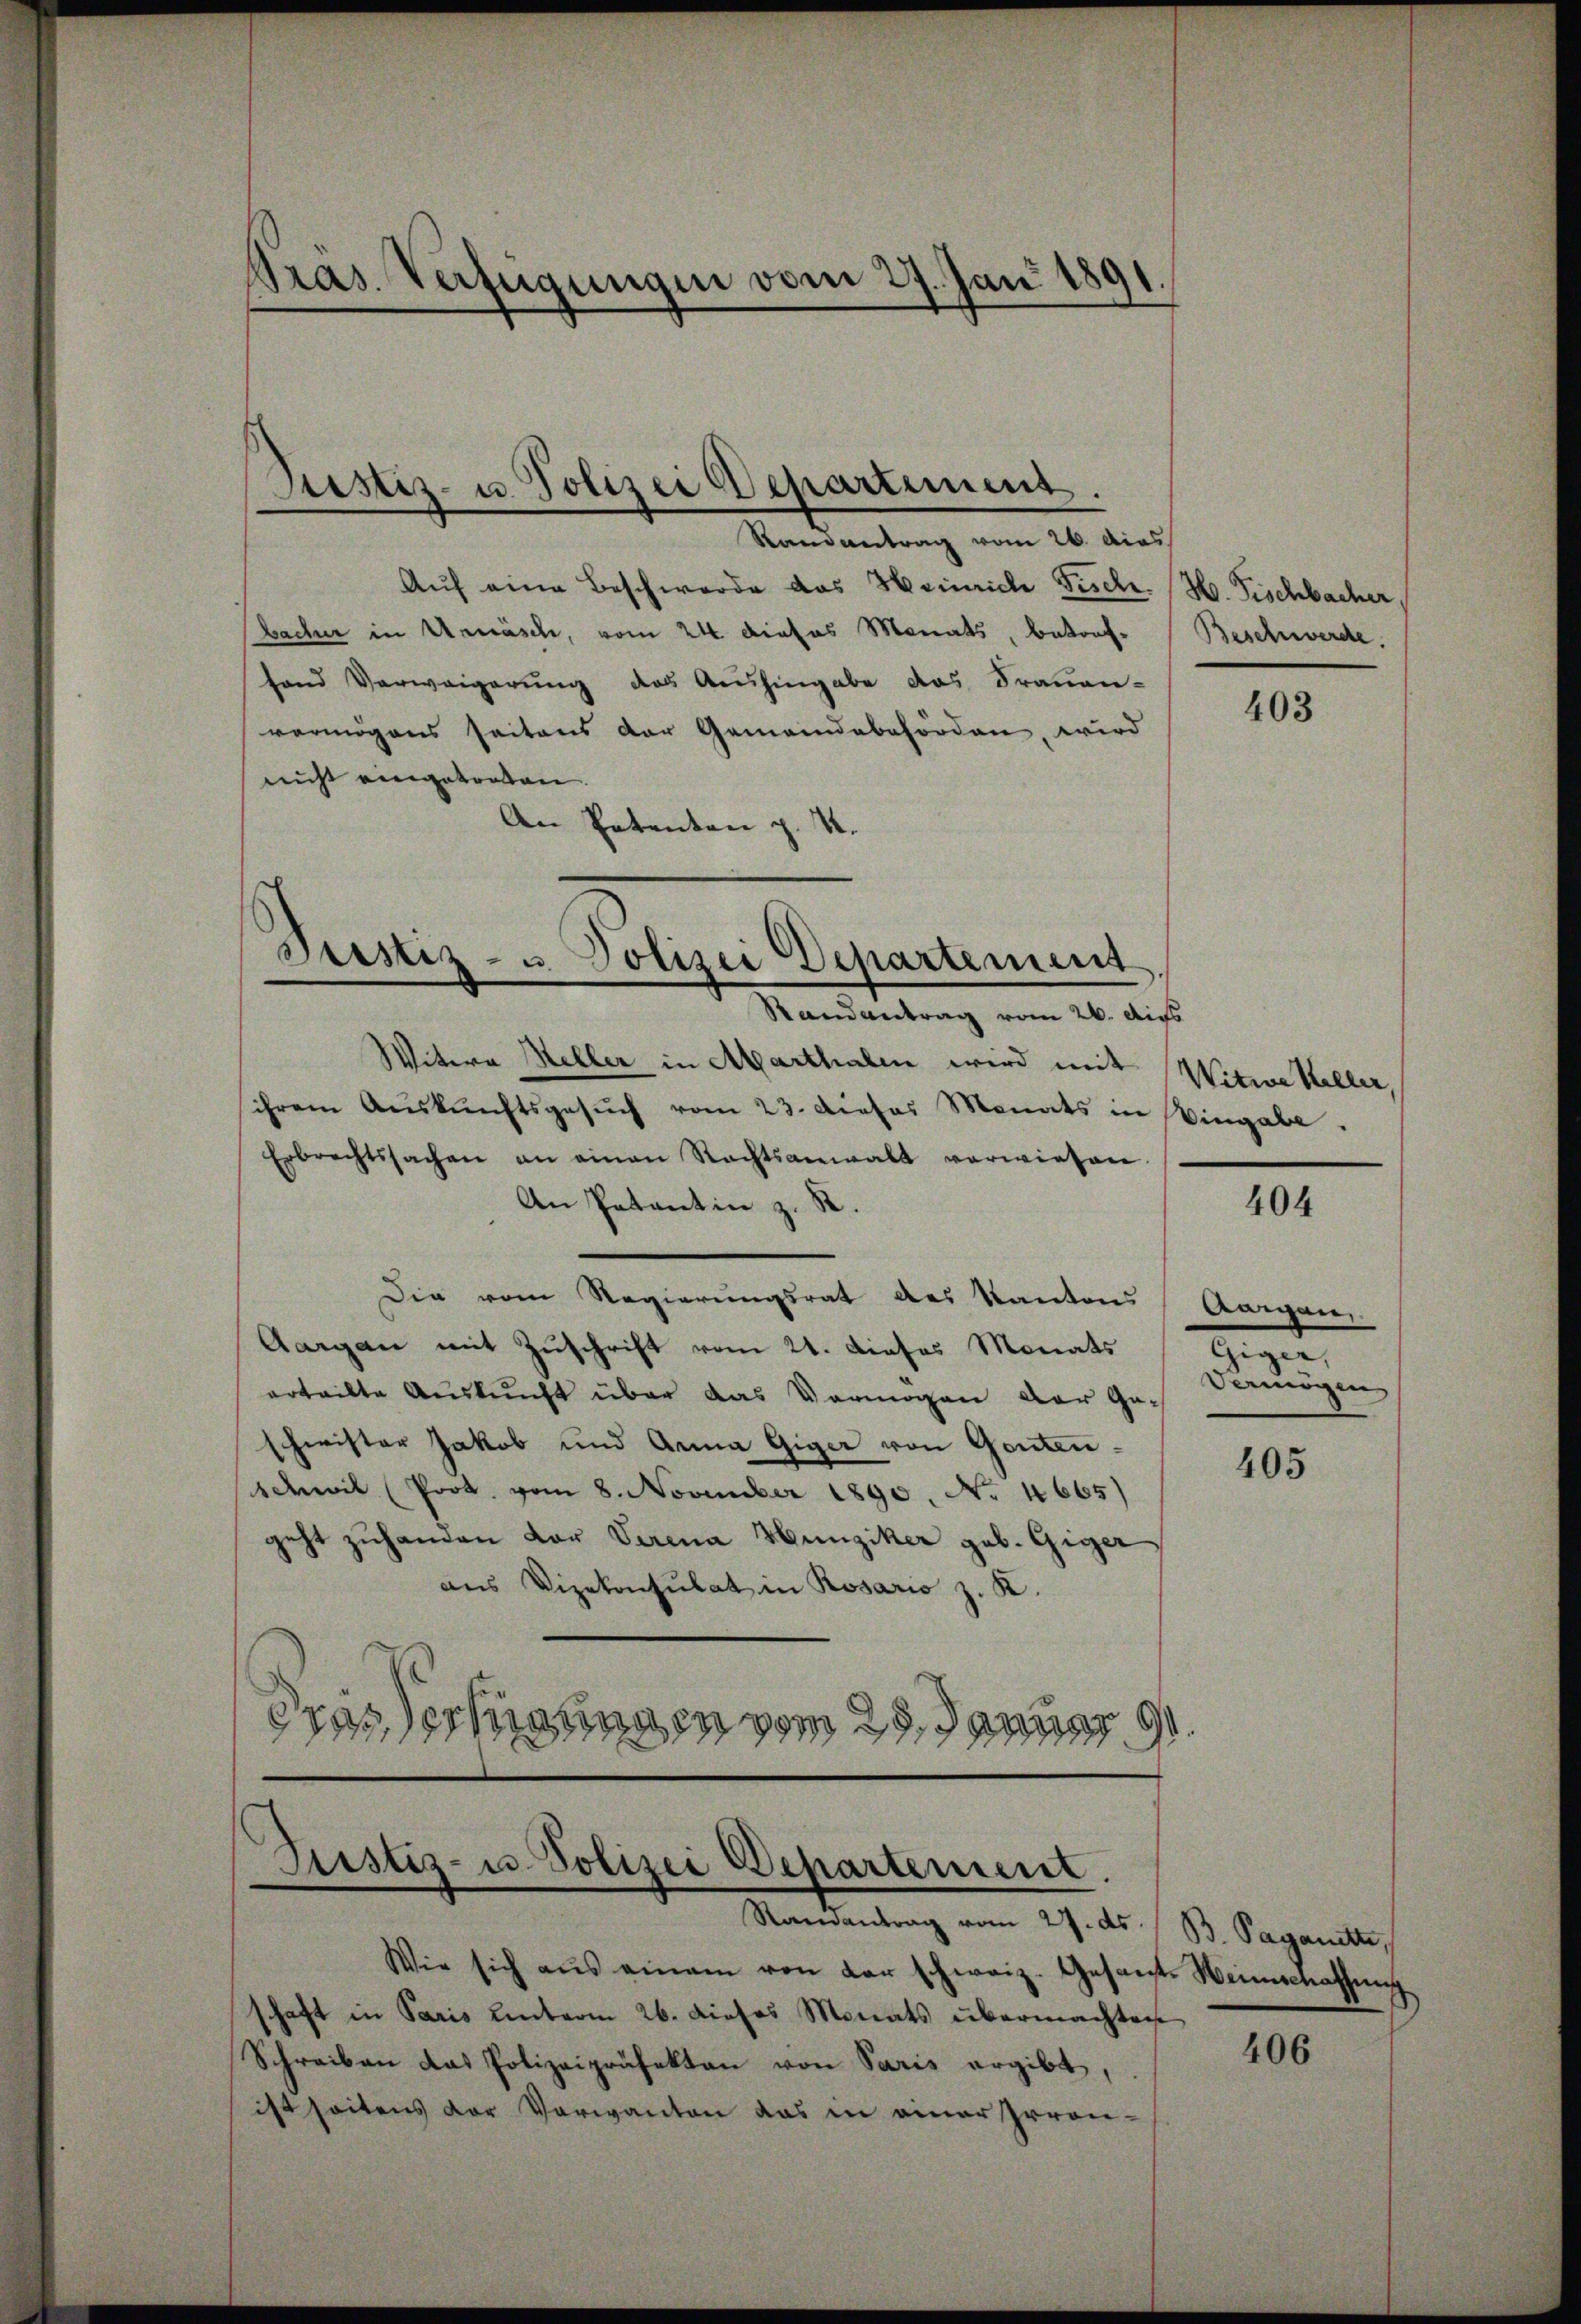
Pras. Verfügungen vom 27. Juni 1891

Justiz- u. Polizei Departement.

Randantrag vom 26. das
Aŭf eine Beschwerde das Heinriche Fisch. H. Fischbacher
Bacher in Urnäsch, vom 24. dieses Monats, betreffand Verweigerung des Aushingabe das Frauen-
vermögens seitens der Gemeindebehörden, wird
nicht eingetreten.
An Petenten p. 4.
Justiz- u. Polizei Departement

Randantrag vom 26. Aus

Witwe Heller in Marthalen wird mit
ihrem Aŭskŭnftsgesŭch vom 23. Dieses Monats in Eingabe.
Erbrechtssachen an einen Rechtsanwalt verwiesen
An Patentin z. B.
Die vom Regierungsrat des Kantons Aargaen
Aargau mit Zuschrift vom 21. dieses Monats
erteilte Auskunft über das Vermögen der Geschwister Jakob und Anna Giger von Gonten¬
Adhwil (Prot. vom 8. November 1890. No 4665)
geht zuhanden vor Verena Hunziker geb. Giger
aus Vizekonsulat in Rosario z. K.
Gras erhangen vom 25. Januar 191.

Justiz- u. Polizei Departement.
Randantrag vom 27. ds. B. Paganette,

Wie sich aŭs einem von der schweiz. Gesant. Weinschaffŭng
schaft in Paris unterm 26. dieses Monats übermachten
Schreiben das Polizeipräfekten von Paris ergibt,
ist seitens der Verwanten das in einer Irren-

Beschwerde.

403

Witwe Keller,

404

Giger,
Vermögen

405

406